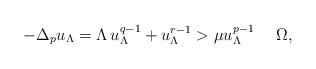
LaTeX: \begin{align*}-\Delta_{p}u_{\Lambda}=\Lambda\,u_{\Lambda}^{q-1}+u_{\Lambda}^{r-1}>\mu u_{\Lambda}^{p-1} \quad\ \Omega,\end{align*}